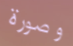
وصورة